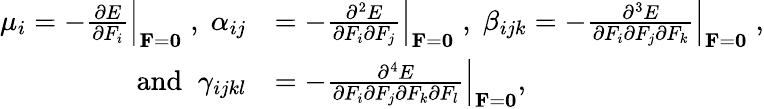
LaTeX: \begin{array}{rl}{\mu_{i}=-\frac{\partial E}{\partial F_{i}}\Big|_{{\mathbf F}={\mathbf 0}}\; ,\; \alpha_{ij}}&{=-\frac{\partial^{2}E}{\partial F_{i}\partial F_{j}}\Big|_{{\mathbf F}={\mathbf 0}}\; ,\; \beta_{ijk}=-\frac{\partial^{3}E}{\partial F_{i}\partial F_{j}\partial F_{k}}\Big|_{{\mathbf F}={\mathbf 0}}\; ,}\\ {\; \textrm{and}\; \; \gamma_{ijkl}}&{=-\frac{\partial^{4}E}{\partial F_{i}\partial F_{j}\partial F_{k}\partial F_{l}}\Big|_{{\mathbf F}={\mathbf 0}},}\end{array}